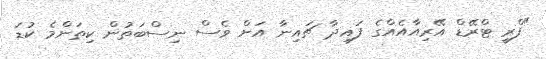
"ފްރީ ޓްރޭޑް އޭރިއާއެއްގެ ފައިދާ ޗައިނާ އަށް ވެސް ނިސްބަތުން ކިތަންމެ ކުޑަ